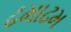
ઢમાઢમ